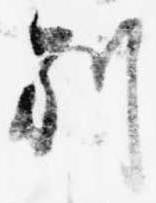
別